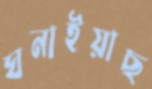
ঘনাইয়াছ